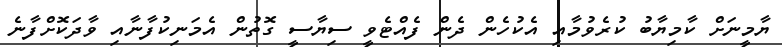
ޔާމީނަށް ކާމިޔާބު ކުރެވުމާއި އެކުހެން ދެން ފެއްޓެވީ ސިޔާސީ ގޮތުން އެމަނިކުފާނާއި ވާދަކޮށްފާނެ